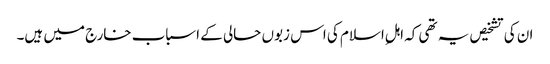
ان کی تشخیص یہ تھی کہ اہلِ اسلام کی اس زبوں حالی کے اسباب خارج میں ہیں۔